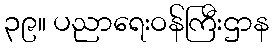
၃၉။ ပညာရေးဝန်ကြီးဌာန